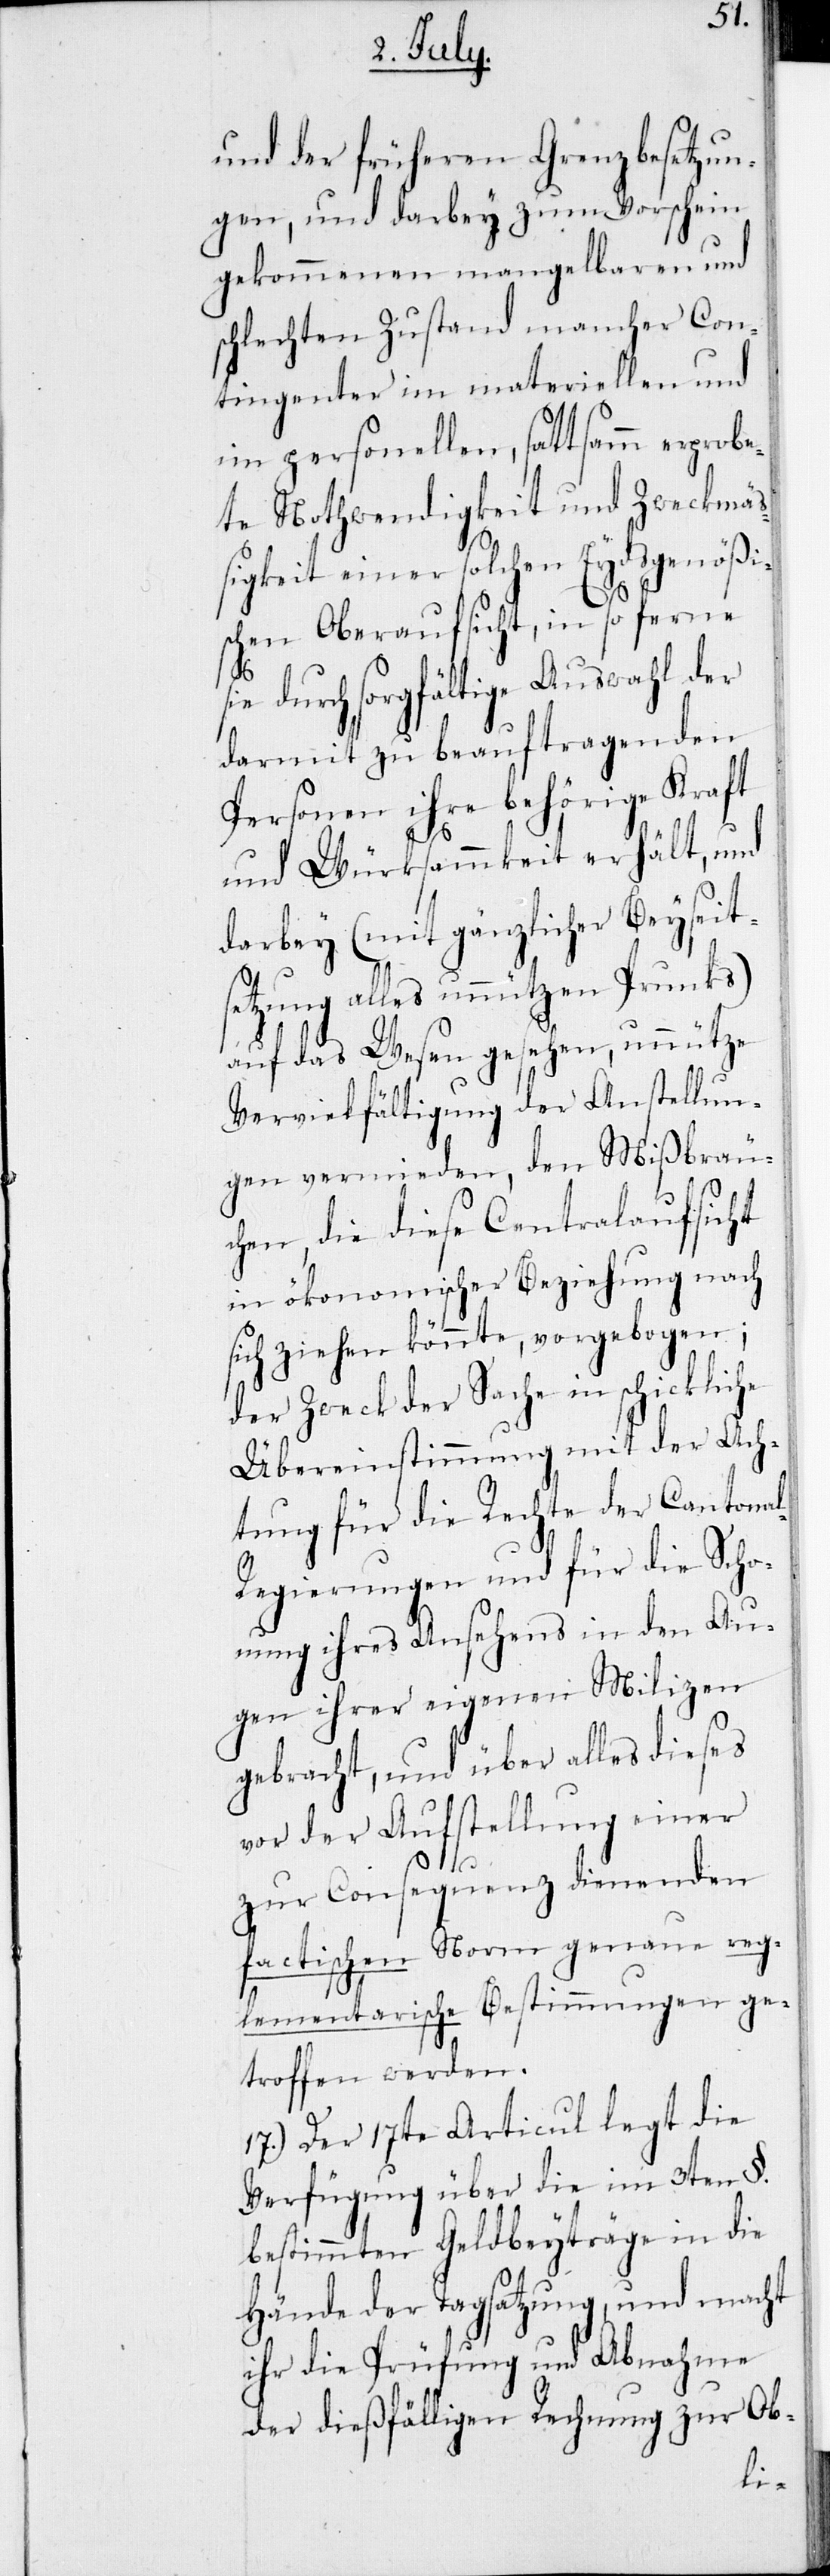
und der früheren Grenzbesetzun¬
gen, und darbey zum Vorschein
gekommenen mangelbaren und
schlechten Zustand mancher Con¬
tingenter im materiellen und
im personellen, sattsamm erprobe¬
te Nothwendigkeit und Zweckmäß¬
igkeit einer solchen Eydsgenößi¬
schen Oberaufsicht, in so ferne
sie durch sorgfältige Auswahl der
darmit zu beauftragenden
Personen ihre behörige Kraft
und Würksammkeit erhält, und
darbey (mit gänzlicher Beyseits¬
etzung alles unnützen Prunks)
auf das Wesen gesehen, unnütze
Vervielfältigung der Aufstellun¬
gen vermieden, den Mißbräu¬
chen, die diese Centralaufsicht
in ökonomischer Beziehung nach
sich ziehen könnte, vorgebogen;
der Zweck der Sache in schickliche
Übereinstimmung mit der Ach¬
tung für die Rechte der Cantona¬
Scho¬
l-Regierungen und für
nung ihres Ansehens in den Au¬
gen ihrer eigenen Milizen
gebracht, und über alles dieses
vor der Aufstellung einer
zur Consequenz dienenden
factischen Norm genaue reg¬
lementarische Bestimmungen ge¬
troffen werden.
17.) Der 17te Articul legt die
Verfügung über die im 3ten §.
bestimmten Geldbeyträge in die
Hände der Tagsatzung, und macht
ihr die Prüfung und Abnahme
der dießfälligen Rechnung zur Ob-
die